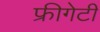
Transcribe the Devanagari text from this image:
फ्रीगेटी